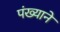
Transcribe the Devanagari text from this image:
पंख्याने